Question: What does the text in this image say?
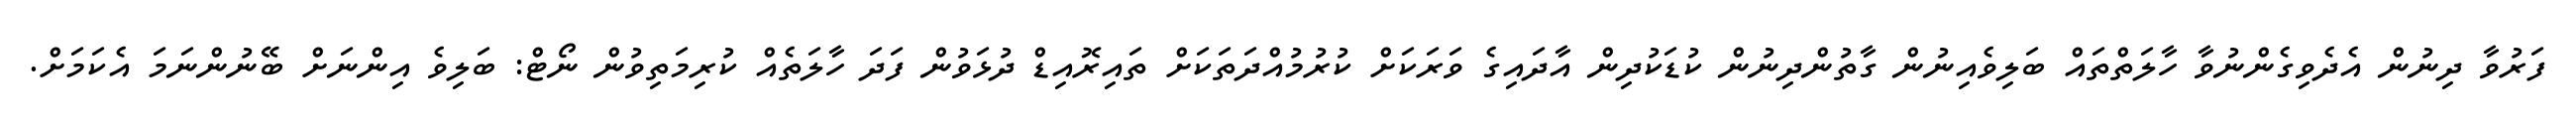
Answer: ފަރުވާ ދިނުން އެދެވިގެންނުވާ ހާލަތްތައް ބަލިވެއިނުން ގާތުންދިނުން ކުޑަކުދިން އާދައިގެ ވަރަކަށް ކުރުމުއްދަތަކަށް ތައިރޮއިޑް ދުޅަވުން ފަދަ ހާލަތެއް ކުރިމަތިވުން ނޯޓް: ބަލިވެ އިންނަށް ބޭނުންނަމަ އެކަމަށް.